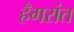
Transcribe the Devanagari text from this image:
हँगरांत